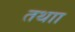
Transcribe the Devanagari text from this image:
तथाा